Civil Veterinary Department. United Provinces 1923-31 - 1923-1931
Year: 1923
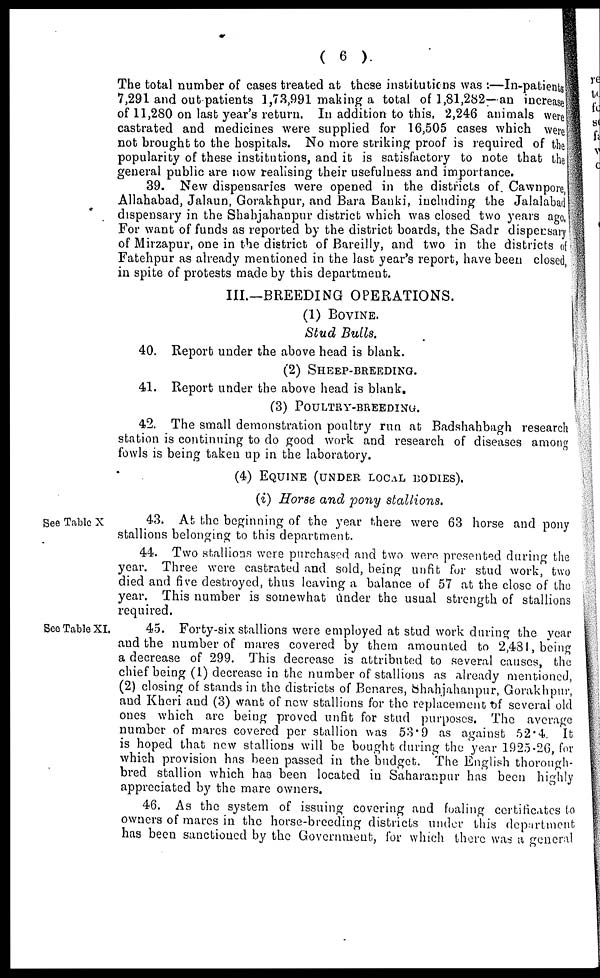
( 6 )
The total number of cases treated at these institutions was :—In-patients
7,291 and out patients 1,73,991 making a total of 1,81,282—an increase
of 11,280 on last year's return. In addition to this, 2,246 animals were
castrated and medicines were supplied for 16,505 cases which were
not brought to the hospitals. No more striking proof is required of the
popularity of these institutions, and it is satisfactory to note that the
general public are now realising their usefulness and importance.
39. New dispensaries were opened in the districts of Cawnpore,
Allahabad, Jalaun, Gorakhpur, and Bara Banki, including the Jalalabad
dispensary in the Shahjahanpur district which was closed two years ago,
For want of funds as reported by the district boards, the Sadr dispensary
of Mirzapur, one in the district of Bareilly, and two in the districts of
Fatehpur as already mentioned in the last year's report, have been closed,
in spite of protests made by this department.
III.—BREEDING OPERATIONS.
(1) BOVINE.
Stud Bulls.
40. Report under the above head is blank.
(2) SHEEP-BREEDING.
41. Report under the above head is blank.
(3) POULTRY-BREEDING.
42. The small demonstration poultry run at Badshahbagh research
station is continuing to do good work and research of diseases among
fowls is being taken up in the laboratory.
(4) EQUINE (UNDER LOCAL BODIES).
(i) Horse and pony stallions.
See Table X
43. At the beginning of the year there were 63 horse and pony
stallions belonging to this department.
44. Two stallions were purchased and two were presented during the
year. Three were castrated and sold, being unfit for stud work, two
died and five destroyed, thus leaving a balance of 57 at the close of the
year. This number is somewhat under the usual strength of stallions
required.
See Table XI.
45. Forty-six stallions were employed at stud work during the year
and the number of mares covered by them amounted to 2,481, being
a decrease of 299. This decrease is attributed to several causes, the
chief being (1) decrease in the number of stallions as already mentioned,
(2) closing of stands in the districts of Benares, Shahjahanpur, Gorakhpur,
and Kheri and (3) want of new stallions for the replacement of several old
ones which arc being proved unfit for stud purposes. The average
number of mares covered per stallion was 53.9 as against 52.4. It
is hoped that new stallions will be bought during the year 1925-26, for
which provision has been passed in the budget. The English thorough-
bred stallion which has been located in Saharanpur has been highly
appreciated by the mare owners.
46. As the system of issuing covering and foaling certificates to
owners of mares in the horse-breeding districts under this department
has been sanctioned by the Government, for which there was a general